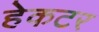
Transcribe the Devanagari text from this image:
हेकटर